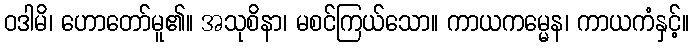
ဝဒါမိ၊ ဟောတော်မူ၏။ အသုစိနာ၊ မစင်ကြယ်သော။ ကာယကမ္မေန၊ ကာယကံနှင့်။